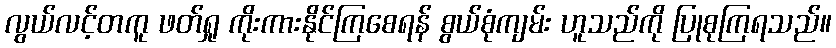
လွယ်လင့်တကူ ဖတ်ရှု ကိုးကားနိုင်ကြစေရန် စွယ်စုံကျမ်း ဟူသည်ကို ပြုစုကြရသည်။